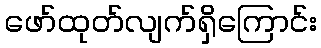
ဖော်ထုတ်လျက်ရှိကြောင်း